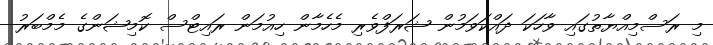
މި ރަސްމިއްޔާތުގައި ވާހަކަ ދައްކަވަމުން ޝަރަފްވެރި މެހެމާން ހިއުމަން ރައިޓްސް ކޮމިޝަންގެ މެމްބަރު